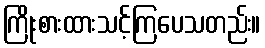
ကြိုးစားထားသင့်ကြပေသတည်း။